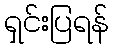
ရှင်းပြရန်